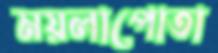
ময়লাপোতা